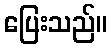
ပြေးသည်။